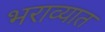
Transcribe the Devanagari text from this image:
भराव्यात